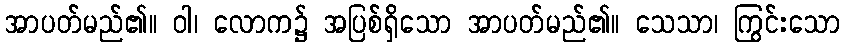
အာပတ်မည်၏။ ဝါ၊ လောက၌ အပြစ်ရှိသော အာပတ်မည်၏။ သေသာ၊ ကြွင်းသော